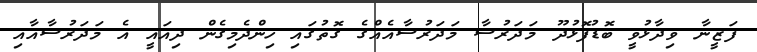
ފަޒީނާ ވިދާޅުވީ ބޮޑުފޮޅުދޫ މަދަރުސާ މަދަރުސާއެއްގެ ގޮތުގައި ހިންދެމިގެން ދިއައީ އެ މަދަރުސާއާއި